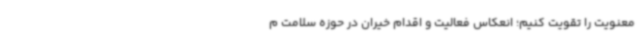
معنویت را تقویت کنیم؛ انعکاس فعالیت و اقدام خیران در حوزه سلامت م